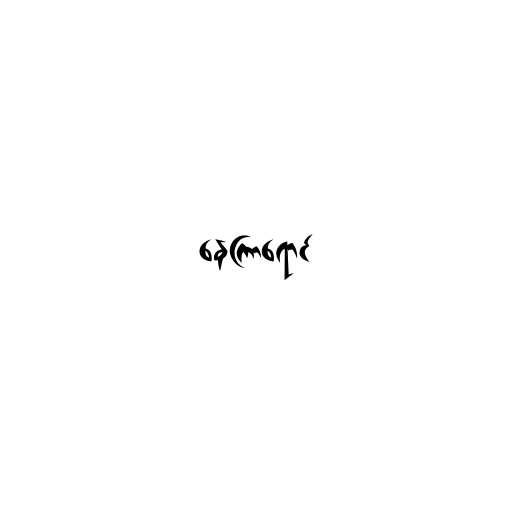
နေကြာရောင်